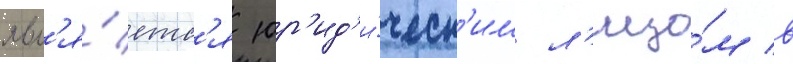
явл'я́етс'я юр'ид'и́ческ'им л'ицо́м в